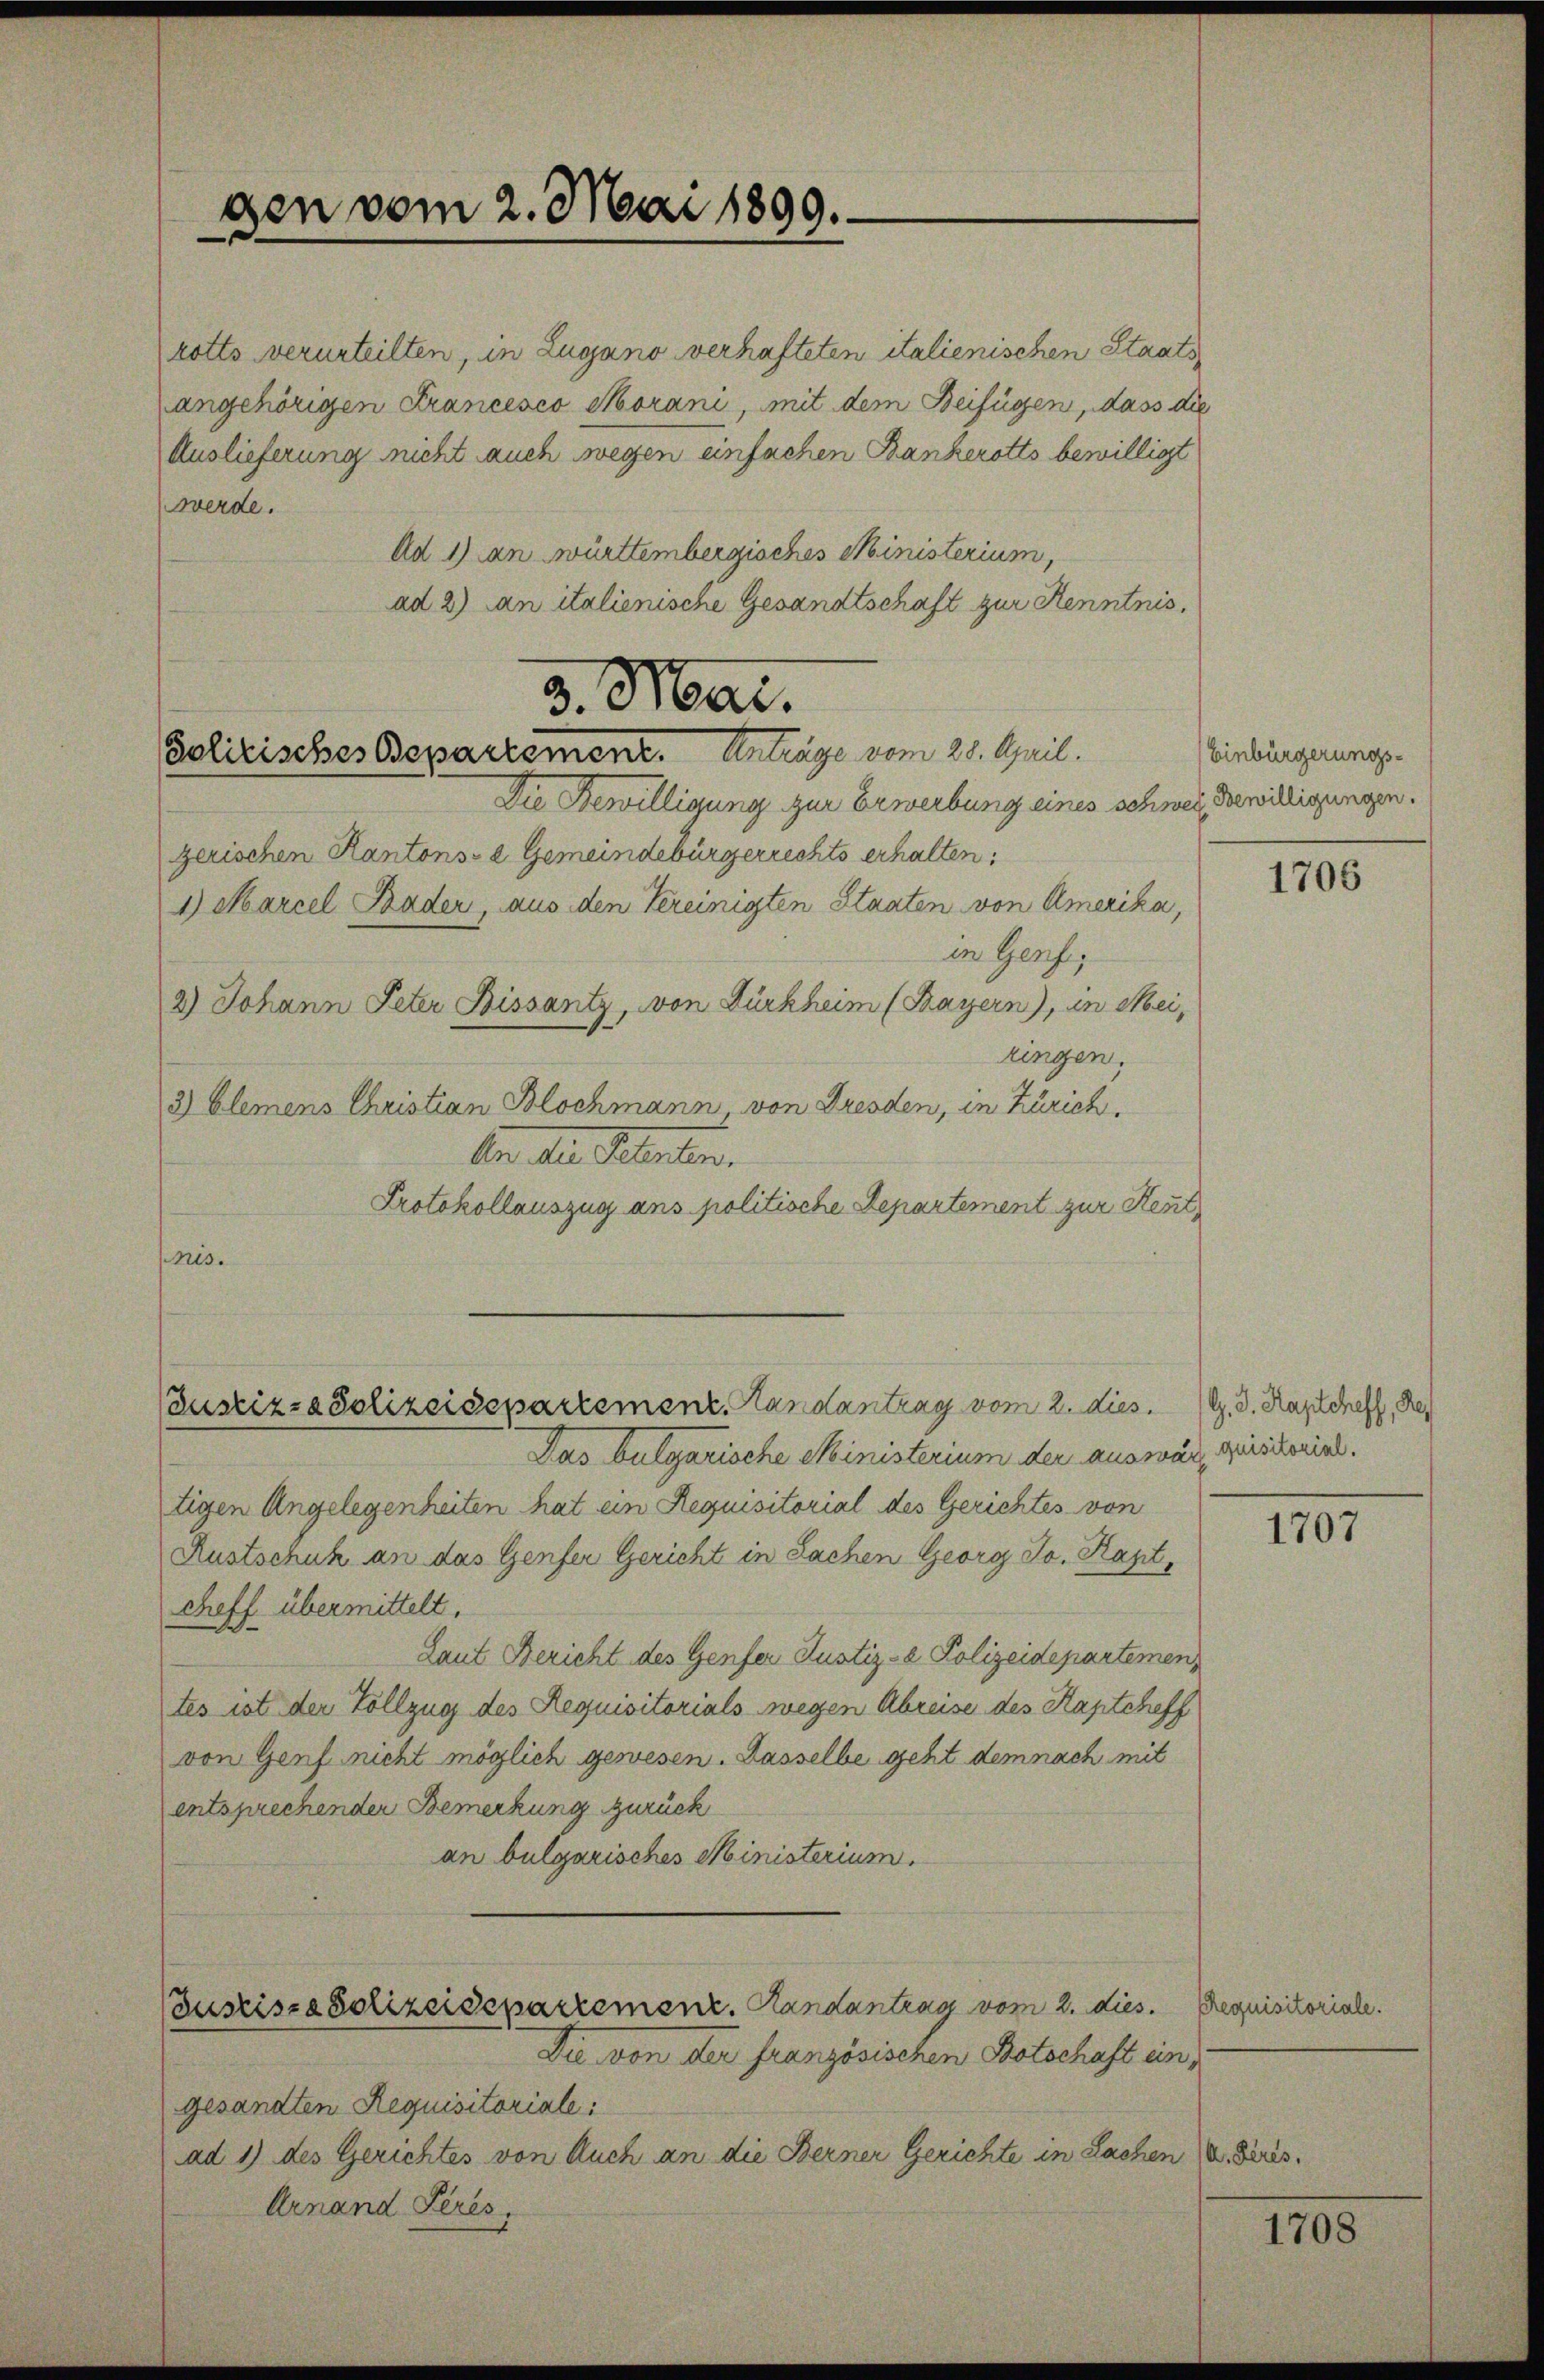
gen vom 2. Mai 1899.

rotto verurteilten, in Lugano verhafteten italienischen Staatsangehörigen Francesco Morani, mit dem Beifügen, dass die
Auslieferung nicht auch wegen einfachen Bankerotts bewilligt
werde.
Ad 1) an württembergisches Ministerium,
ad 2) an italienische Gesandtschaft zur Kenntnis.

3. Mai.
Polizisches Departement. Anträge vom 28. April.

(Justiz- & Polizeidepartement. Handantrag vom 2. dies. 1. d. Kaptcheff, Re

Busrise Polizeidepartement. Handantrag vom 2. dies Requisitoriale.

Die von der französischen Botschafte
gesandten Requisitoriale:
ad 1) des Gerichtes von Auch an die Berner Gerichte in Sachen (v. Feris¬
Arnand Pères.

Einbürgerungs-

Die Bewilligung zur Erwerbung eines schweiz Bewilligungen.
gerischen Kantons- & Gemeindebürgerrechts erhalten,
1) Marcel Bader, aus den Vereinigten Staaten von Amerika,
in Genf,
2) Johann Peter Bissantz, von Dürkheim (Bayern), in Meikingen,
3) Elemens Christian Blochmann von Dresden, in Zürich.
An die Seeler.
Protokollauszug ans politische Departement zur Rest
nis.

Das bulgarische Ministerium der auswär, quisitorist.
tigen Angelegenheiten hat ein Requisitorial des Gerichtes von
Austschuh an das Genfer Gericht in Sachen Georg So. Rast,
cheff. übermittelt.
Laut Bericht des Genfer Justiz- & Polizeidepartemen
tes ist der Vollzug des Requisitorials wegen Abreise des Kaptcheff
von Genf nicht möglich gewesen. Dasselbe geht demnach mit
entsprechenden Bemerkung zurück
an bulgarisches Ministerium.

1706

1707

n

1708